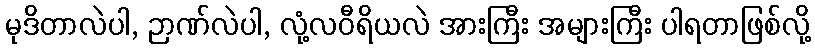
မုဒိတာလဲပါ, ဉာဏ်လဲပါ, လုံ့လဝီရိယလဲ အားကြီး အများကြီး ပါရတာဖြစ်လို့